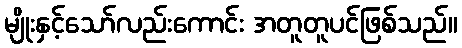
မျိုးနှင့်သော်လည်းကောင်း အတူတူပင်ဖြစ်သည်။